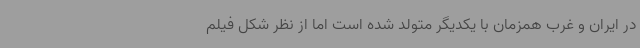
در ایران و غرب همزمان با یکدیگر متولد شده است اما از نظر شکل فیلم